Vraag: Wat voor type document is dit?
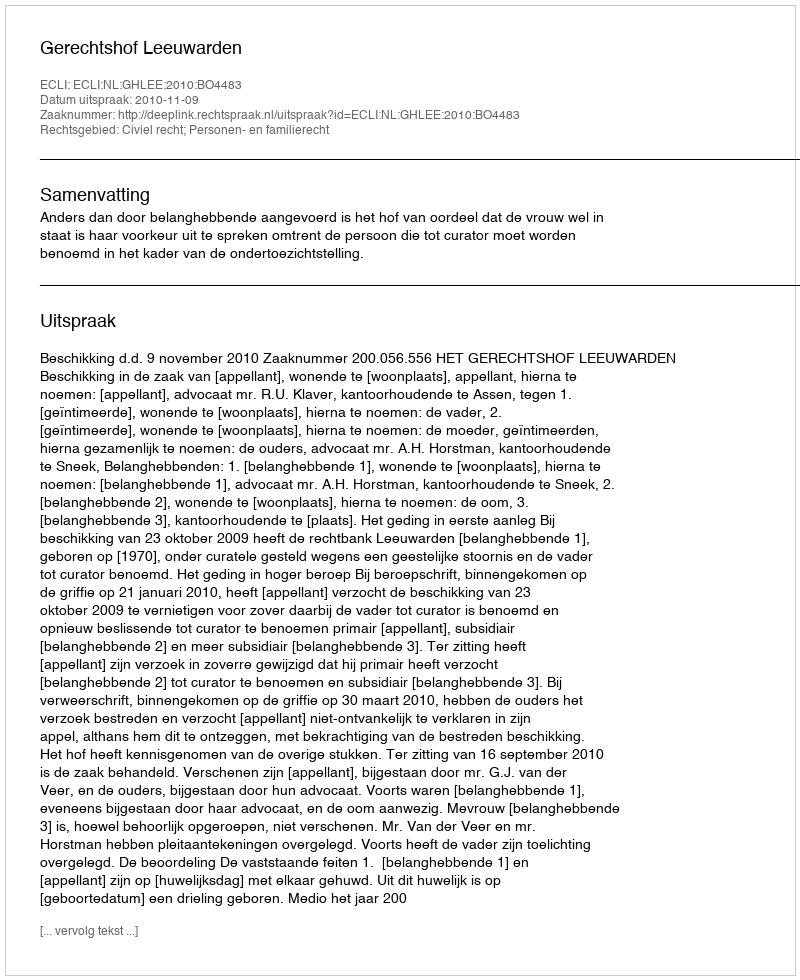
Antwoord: Uitspraak